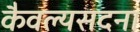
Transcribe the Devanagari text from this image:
कैवल्यसदना